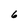
Character: 6